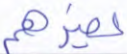
يضرهم